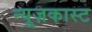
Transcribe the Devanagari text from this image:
न्यूज़कास्ट